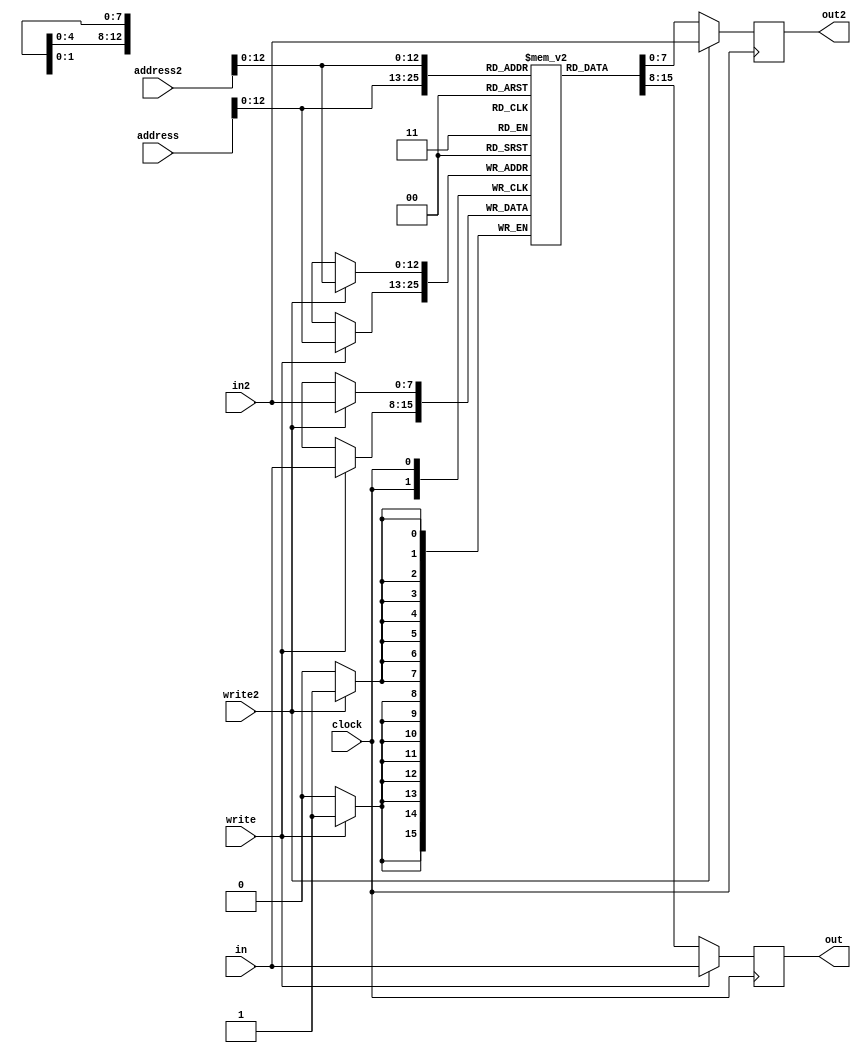
module vram (address, address2, in, in2, write, write2, out, out2, clock);

    input [7:0] in, in2;
    input [63:0] address, address2;
    input write, write2, clock;
    output reg [7:0] out, out2;

    // Declare the RAM variable
    reg [7:0] ram[7199:0];

    always @ (posedge clock) begin // Port A
        if (write) begin
            ram[address] <= in;
            out <= in;
        end else begin
            out <= ram[address];
        end
    end

    always @ (posedge clock) begin // Port b
        if (write2) begin
            ram[address2] <= in2;
            out2 <= in2;
        end
        else begin
            out2 <= ram[address2];
        end
    end
endmodule